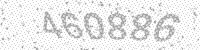
Solution: 460886